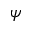
\psi